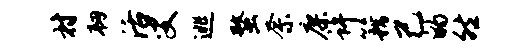
村韧活叟逃蝥奈廖许籍己的然